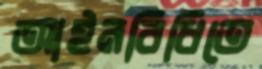
আইনবিধিতে